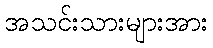
အသင်းသားများအား